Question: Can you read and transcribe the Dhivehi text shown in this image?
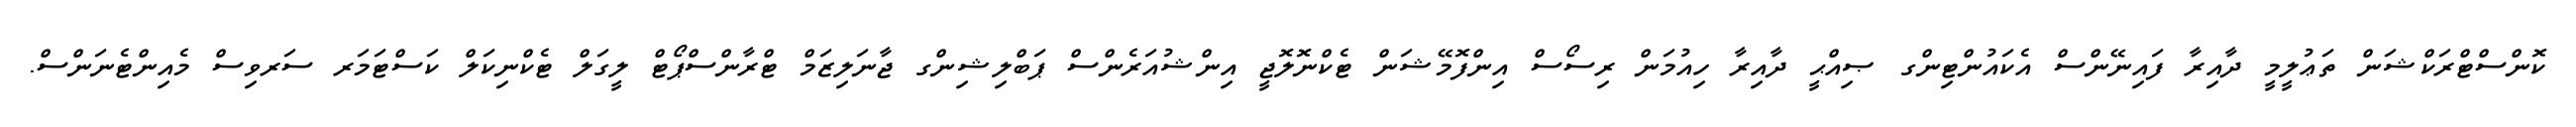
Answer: ކޮންސްޓްރަކްޝަން ތަޢުލީމީ ދާއިރާ ފައިނޭންސް އެކައުންޓިންގ ޞިއްޙީ ދާއިރާ ހިއުމަން ރިސޯސް އިންފޮމޭޝަން ޓެކްނޮލޮޖީ އިންޝުއަރެންސް ޕަބްލިޝިންގ ޖާނަލިޒަމް ޓްރާންސްޕޯޓް ލީގަލް ޓެކްނިކަލް ކަސްޓަމަރ ސަރވިސް މެއިންޓެނަންސް.